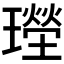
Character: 𱯮